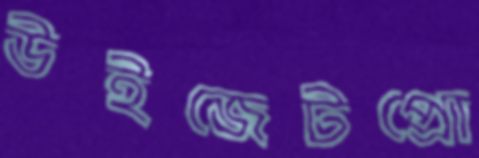
উইজেটপ্রো